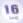
16